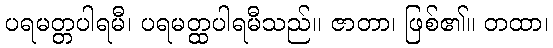
ပရမတ္တပါရမီ၊ ပရမတ္ထပါရမီသည်။ ဇာတာ၊ ဖြစ်၏။ တထာ၊